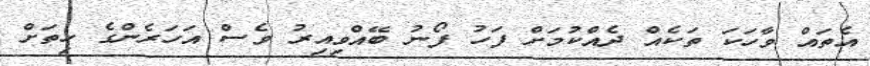
އެތައް ވާހަކަ ތަކެއް ދެއްކުމަށް ފަހު ފޯނު ބޭއްވިއިރު ވެސް އަހަރެންގެ ހިތަށް